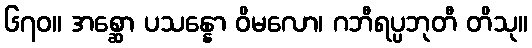
၆၇၀။ အစ္ဆော ပသန္နော ဝိမလော၊ ဂဘီရပ္ပဘုတီ တိသု။